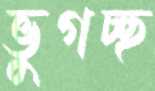
ভুগচ্ছ